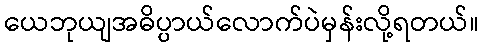
ယေဘုယျအဓိပ္ပာယ်လောက်ပဲမှန်းလို့ရတယ်။